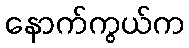
နောက်ကွယ်က